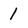
Character: 1